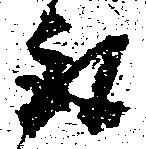
取